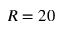
R = 2 0